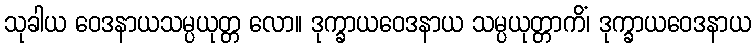
သုခါယ ဝေဒနာယသမ္ပယုတ္တ လော။ ဒုက္ခာယဝေဒနာယ သမ္ပယုတ္တာကိံ၊ ဒုက္ခာယဝေဒနာယ